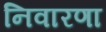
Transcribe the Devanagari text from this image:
निवारणा